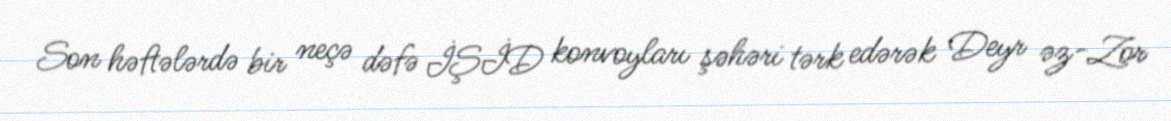
Son həftələrdə bir neçə dəfə İŞİD konvoyları şəhəri tərk edərək Deyr əz-Zor